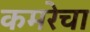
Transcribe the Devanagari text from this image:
कमरेचा